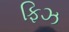
ફિઝ